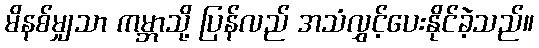
မိနစ်မျှသာ ကမ္ဘာသို့ ပြန်လည် အသံလွှင့်ပေးနိုင်ခဲ့သည်။